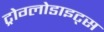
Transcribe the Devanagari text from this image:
ट्रोग्लोडाइट्स